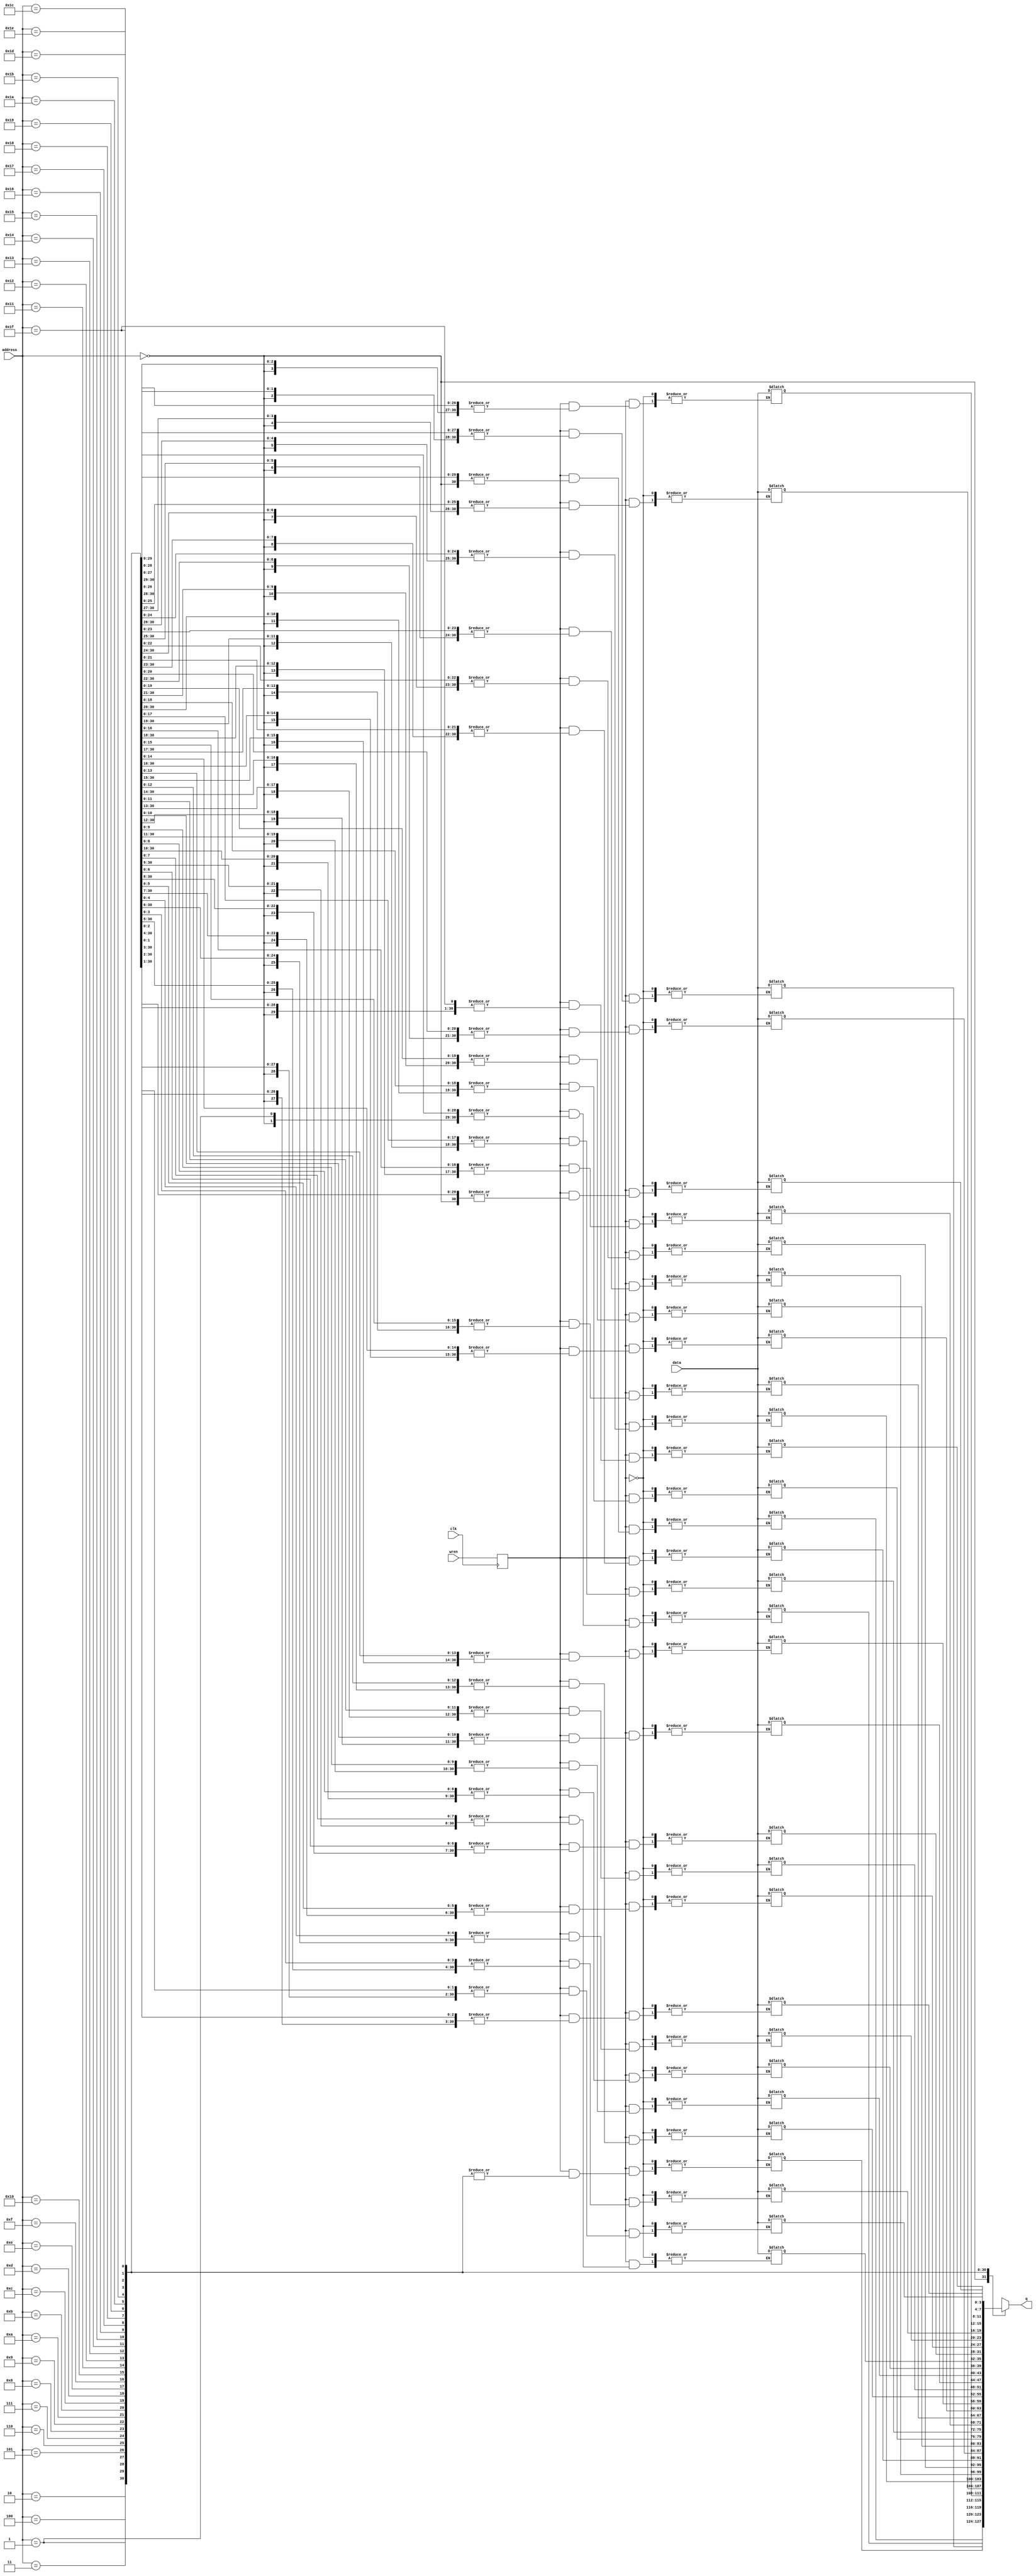
module ram32x4_3(
	input [4:0] address,
	input clk,
	input [3:0] data,
	input wren,
	output [3:0] q);

	reg [3:0] memory_array[31:0];
	
	reg [4:0] reg_address;
	reg [3:0] reg_data;
	reg reg_write;
	
	always @(posedge clk) begin
		reg_address <= address;
		reg_data <= data;
		reg_write <= wren;
	end
	
	always @(*) begin
		if (reg_write)
			memory_array[address] = data;		
	end
	
	assign q = memory_array[address]; 

endmodule